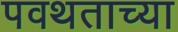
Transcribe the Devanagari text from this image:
पवथताच्या